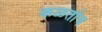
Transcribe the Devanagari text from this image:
कळतोच